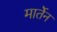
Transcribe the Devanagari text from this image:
मार्तेन